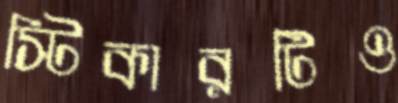
স্টিকারটিও